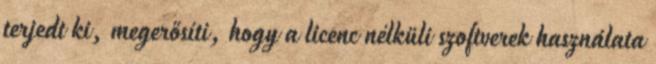
terjedt ki, megerősíti, hogy a licenc nélküli szoftverek használata